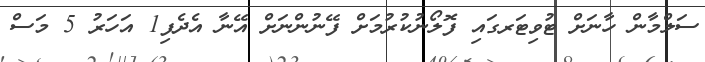
ސަލްމާން ހާނަށް ޓުވިޓަރގައި ފޮލޯނުކުރުމަށް ފޭނުންނަށް އޭނާ އެދެފި1 އަހަރު 5 މަސް